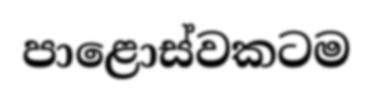
පාළොස්වකටම